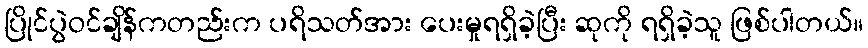
ပြိုင်ပွဲဝင်ချိန်ကတည်းက ပရိသတ်အား ပေးမှုရရှိခဲ့ပြီး ဆုကို ရရှိခဲ့သူ ဖြစ်ပါတယ်။